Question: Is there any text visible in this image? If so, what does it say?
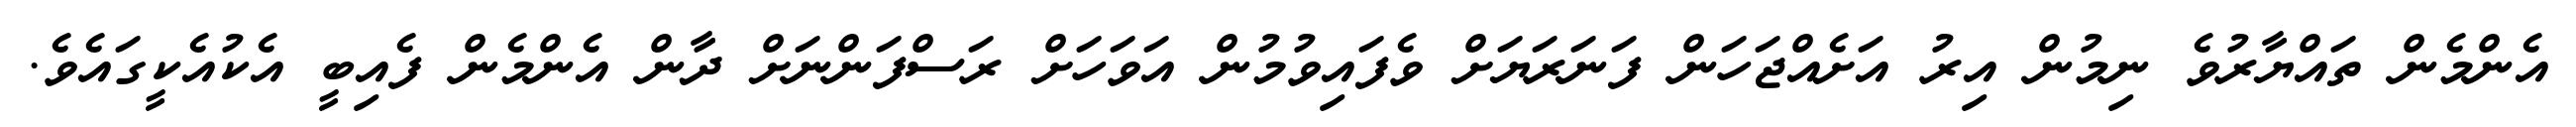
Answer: އެންމެން ތައްޔާރުވެ ނިމުން އިރު އަށެއްޖަހަން ފަނަރަޔަށް ވެފައިވުމުން އަވަހަށް ރަސްފަންނަށް ދާން އެންމެން ފެއިބީ އެކުއެކީގައެވެ.